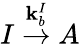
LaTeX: I\stackrel{\mathbf{k}_{b}^{I}}{\rightarrow}A